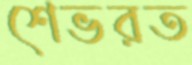
শেভরত